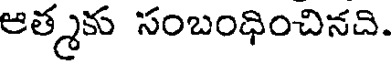
ఆత్మకు సంబంధించినది.